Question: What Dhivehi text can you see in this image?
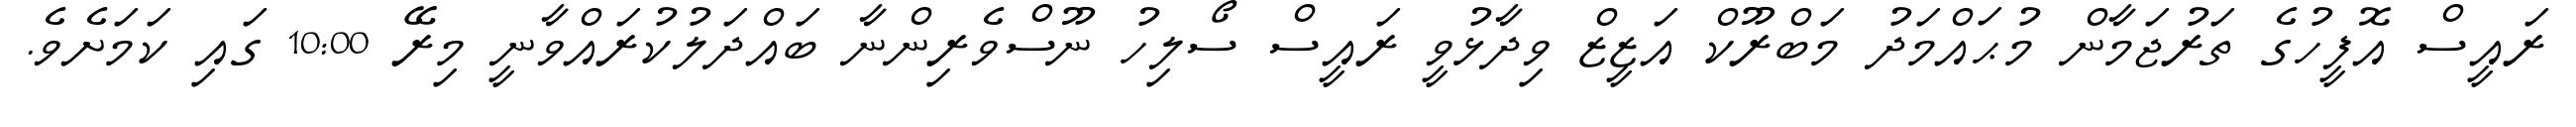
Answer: ރައީސް އޮފީހުގެ ތަރުޖަމާން މުޙައްމަދު މަބްރޫކް އަޒީޒް ވިދާޅުވީ ރައީސް ސޯލިހު ނޫސްވެރިންނާ ބައްދަލުކުރައްވާނީ މިރޭ 10:00 ގައި ކަމަށެވެ.